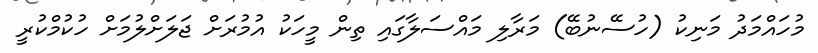
މުހައްމަދު މަނިކު (ހުސޭނުބޭ) މަރާލި މައްސަލާގައި ތިން މީހަކު އުމުރަށް ޖަލަށްލުމަށް ހުކުމްކުރީ